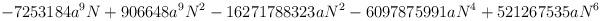
LaTeX: \begin{align*}-7253184a^{9}N +906648a^{9}N^{2}-16271788323aN^{2}-6097875991aN^{4}+521267535aN^{6}\end{align*}